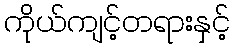
ကိုယ်ကျင့်တရားနှင့်